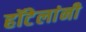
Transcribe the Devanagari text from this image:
हॉटेलांनी